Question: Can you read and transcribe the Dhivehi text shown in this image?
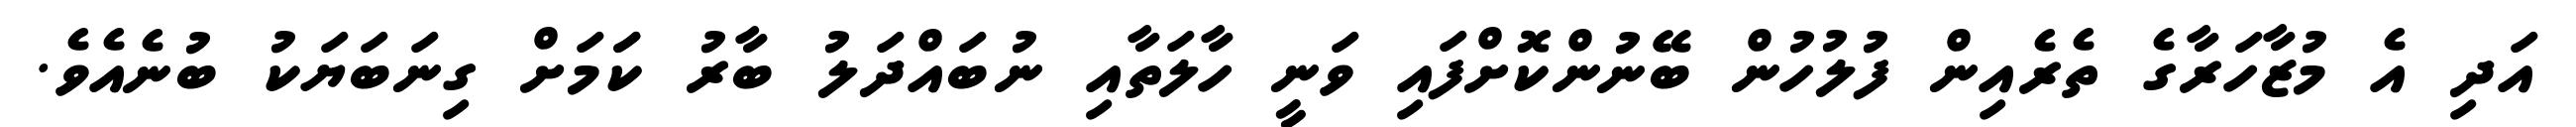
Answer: އަދި އެ މުޒާހަރާގެ ތެރެއިން ފުލުހުން ބޭނުންކޮށްފައި ވަނީ ހާލަތާއި ނުބައްދަލު ބާރު ކަަމަށް ގިނަބަޔަކު ބުނެއެވެ.